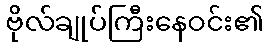
ဗိုလ်ချုပ်ကြီးနေဝင်း၏